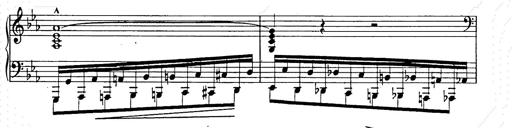
Title: Ballade No.2
Composer: Jan Skrzydlewski
Key: B minor